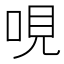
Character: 哯